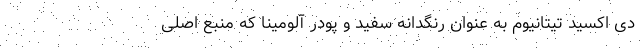
دی اکسید تیتانیوم به عنوان رنگدانه سفید و پودر آلومینا که منبع اصلی